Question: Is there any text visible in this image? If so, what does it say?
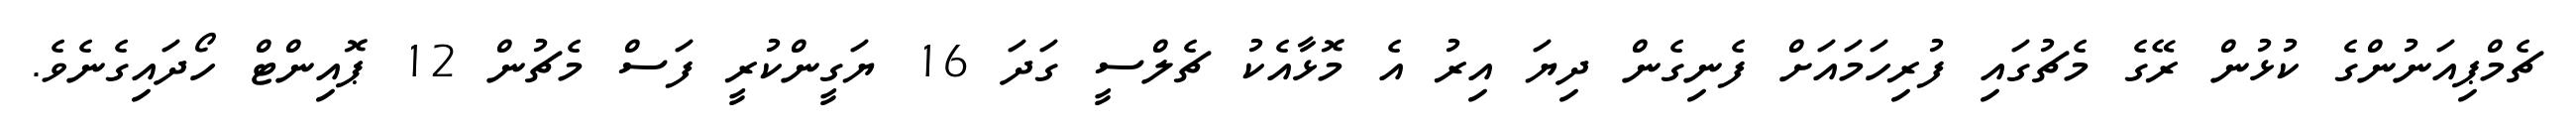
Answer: ޗެމްޕިއަނުންގެ ކުޅުން ރޭގެ މެޗުގައި ފުރިހަމައަށް ފެނިގެން ދިޔަ އިރު އެ މޮޅާއެކު ޗެލްސީ ގަދަ 16 ޔަގީންކުރީ ފަސް މެޗުން 12 ޕޮއިންޓް ހޯދައިގެނެވެ.